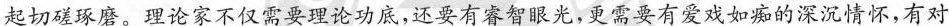
起切磋琢磨。理论家不仅需要理论功底，还要有睿智眼光，更需要有爱戏如痴的深沉情怀，有对